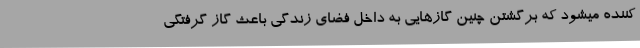
کننده میشود که برگشتن چنین گازهایی به داخل فضای زندگی باعث گاز گرفتگی